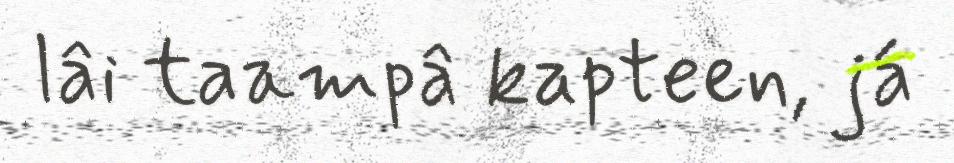
lâi taampâ kapteen, já